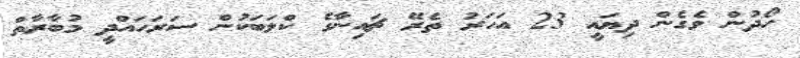
ހޯދުން ވެގެން ދިޔައީ 23 އަހަރު ތެރޭ ޗައިނާގެ ކްލަބަކުން ސަރަހައްދީ މުބާރާތް